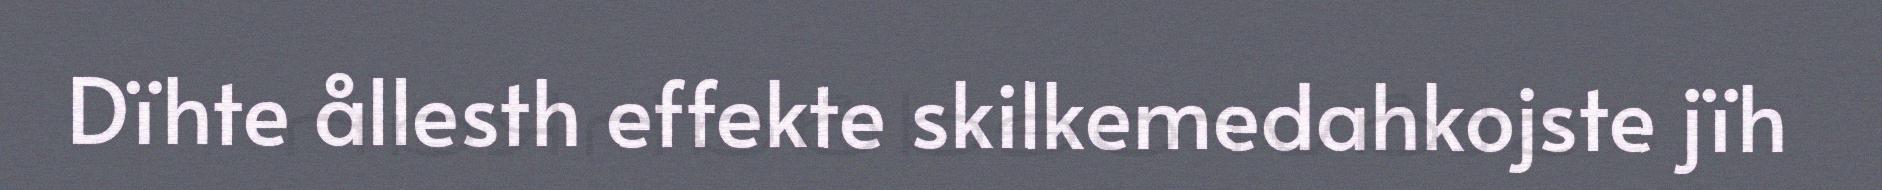
Dïhte ållesth effekte skilkemedahkojste jïh